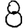
Digit: 8